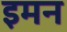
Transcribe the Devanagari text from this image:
इमन